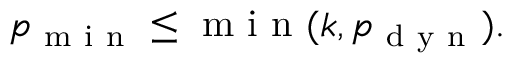
\begin{array} { r } { p _ { \mathrm { ~ m ~ i ~ n ~ } } \leq \mathrm { ~ m ~ i ~ n ~ } ( k , p _ { \mathrm { ~ d ~ y ~ n ~ } } ) . } \end{array}